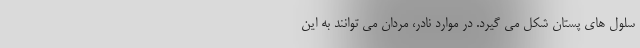
سلول های پستان شکل می گیرد. در موارد نادر، مردان می توانند به این